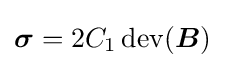
{\boldsymbol {\sigma }}=2C_{1}\operatorname {dev} ({\boldsymbol {B}})